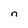
Character: n